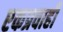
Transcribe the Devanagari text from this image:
एकप्रवाही